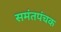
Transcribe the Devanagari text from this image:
समंतपंचक